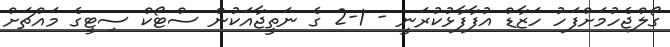
ގޯލްޖެހުމަށްފަހު ހަޒާޑް އުފާފާޅުކުރަނީ - 1-2 ގެ ނަތީޖާއަކުން ސްޓޯކް ސިޓީގެ މައްޗަށް